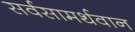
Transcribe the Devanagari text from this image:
सर्वसामर्थवान